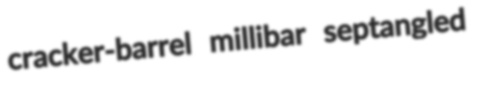
cracker-barrel millibar septangled